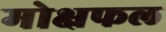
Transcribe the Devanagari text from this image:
मोक्षफल